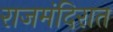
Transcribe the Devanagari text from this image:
राजमंदिरात